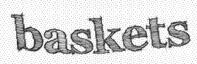
baskets